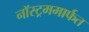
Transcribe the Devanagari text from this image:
नॉस्ट्रममार्फत